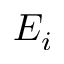
E _ { i }